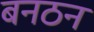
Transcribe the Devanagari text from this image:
बनठन